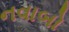
નવાબો